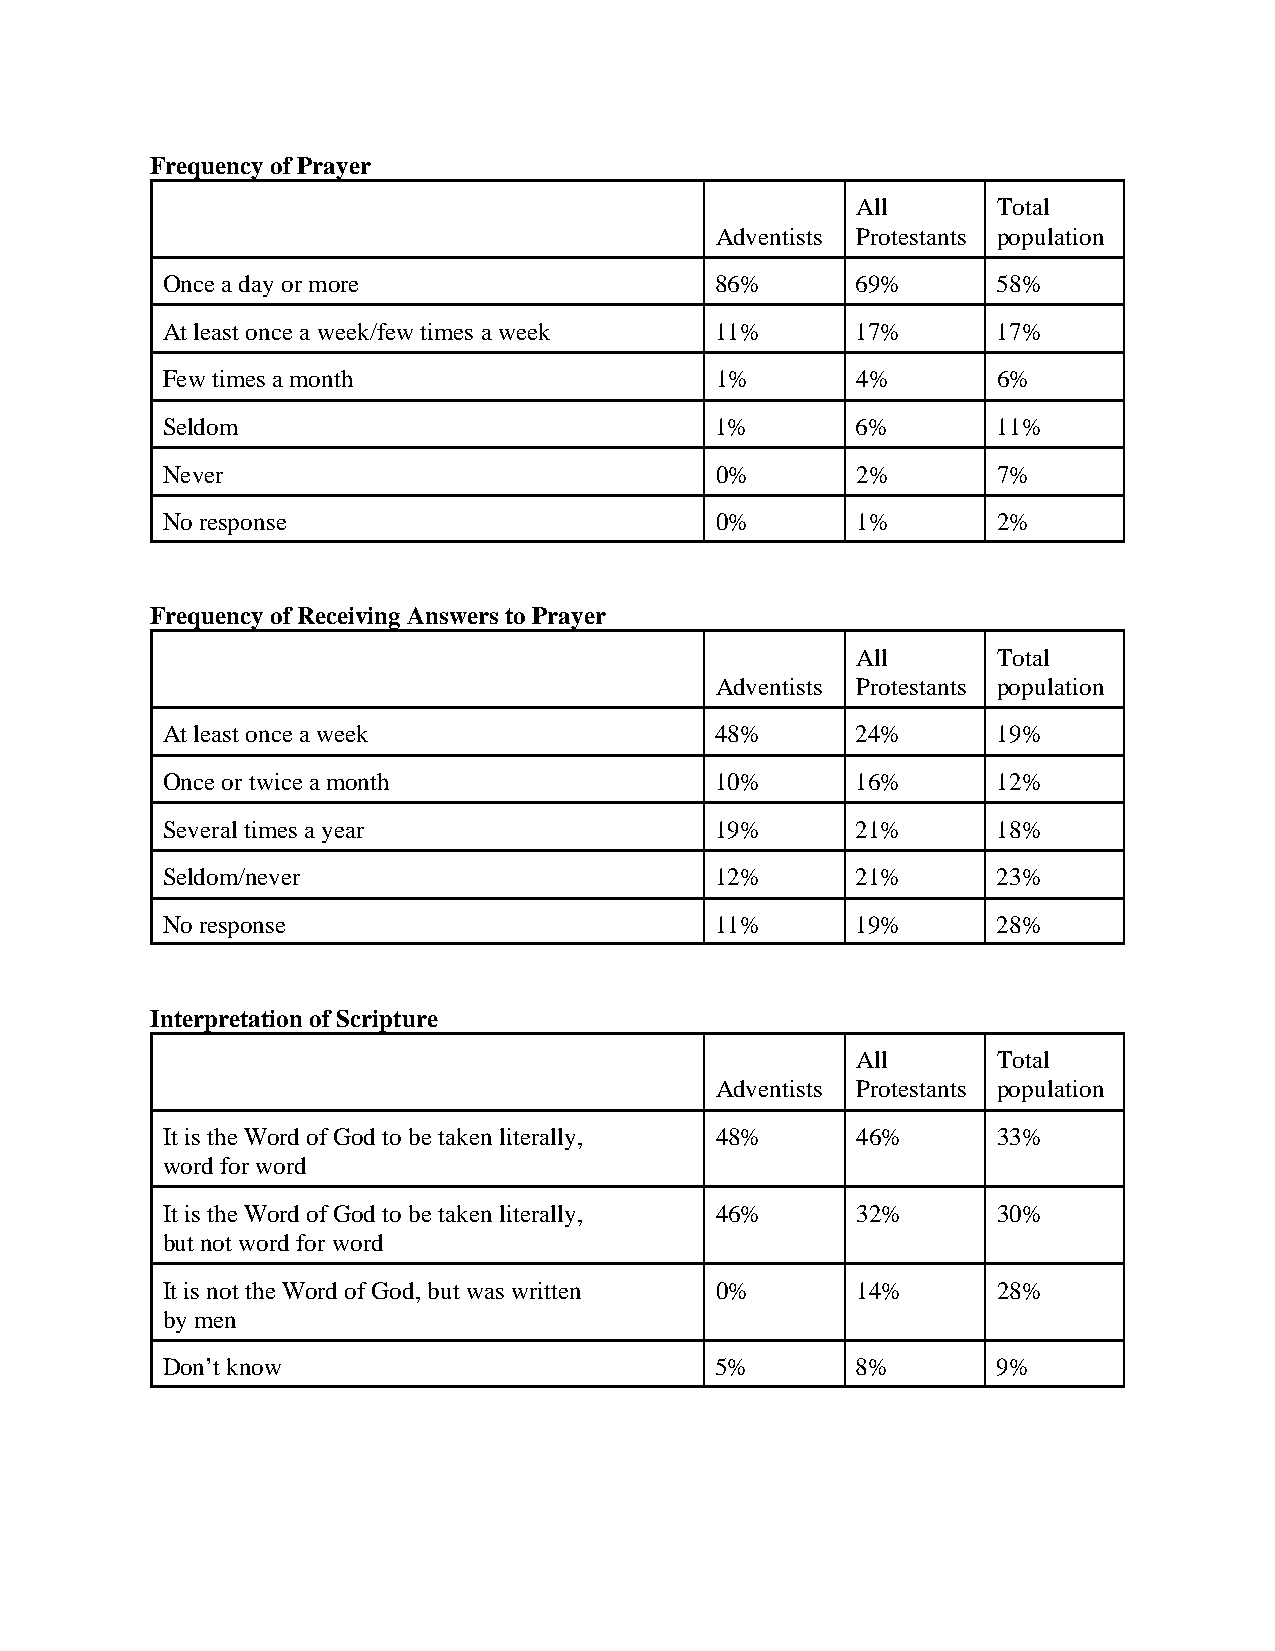
Frequency of Prayer
 All      Total
 Adventists Protestants population
 Once a day or more                  86%       69%      58%
 At least once a week/few times a week 11%     17%      17%
 Few times a month                   1%        4%       6%
 Seldom                              1%        6%       11%
 Never                               0%        2%       7%
 No response                         0%        1%       2%
 Frequency of Receiving Answers to Prayer
 All      Total
 Adventists Protestants population
 At least once a week                48%       24%      19%
 Once or twice a month               10%       16%      12%
 Several times a year                19%       21%      18%
 Seldom/never                        12%       21%      23%
 No response                         11%       19%      28%
 Interpretation of Scripture
 All      Total
 Adventists Protestants population
 It is the Word of God to be taken literally, 48% 46%   33%
 word for word
 It is the Word of God to be taken literally, 46% 32%   30%
 but not word for word
 It is not the Word of God, but was written 0% 14%      28%
 by men
 Don’t know                          5%        8%       9%